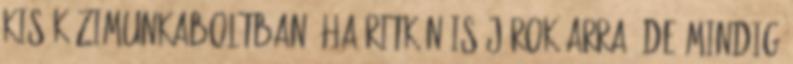
kis kézimunkaboltban. ha ritkán is járok arra, de mindig